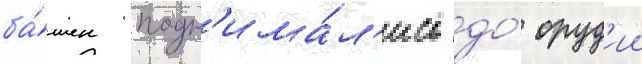
ба́шен подн'има́л'ись до́ оруд'ии